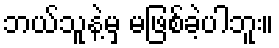
ဘယ်သူနဲ့မှ မဖြစ်ခဲ့ပါဘူး။